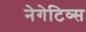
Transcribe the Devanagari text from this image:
नेगेटिव्स